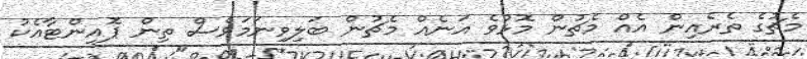
މެޗުގެ ތެރެއިން އެއް މެޗުން މޮޅުވެ އަނެއް މެޗުން ބަލިވިނަމަވެސް ތިން ޕޮއިންޓާއެކު